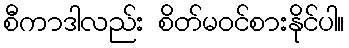
စီကာဒါလည်း စိတ်မဝင်စားနိုင်ပါ။